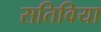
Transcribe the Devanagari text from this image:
सतिविया